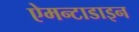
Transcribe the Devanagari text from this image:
ऐमन्टाडाइन